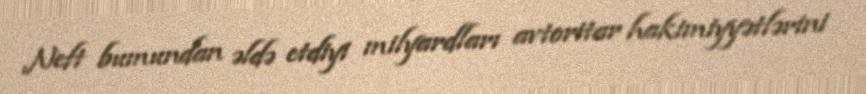
Neft bumundan əldə etdiyi milyardları avtoritar hakimiyyətlərini